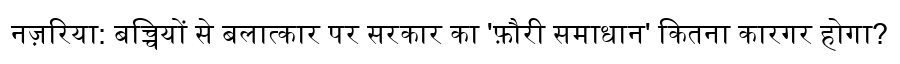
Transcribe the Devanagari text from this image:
नज़रिया: बच्चियों से बलात्कार पर सरकार का 'फ़ौरी समाधान' कितना कारगर होगा?